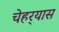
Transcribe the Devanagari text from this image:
चेहर्‍यास